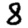
Digit: 8